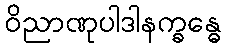
ဝိညာဏုပါဒါနက္ခန္ဓေ